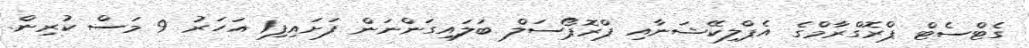
ގެޓްސެޓް ޕްރޮގްރާމްގެ އެޕްލިކޭޝަނާއި ޕްރޮޕޯސަލް ބަލައިގަންނަން ފަށައިފި1 އަހަރު 9 މަސް ކުރިން.